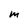
Character: M